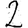
Digit: 2